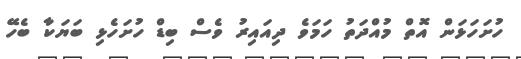
ހުށަހަޅަން އޮތް މުއްދަތު ހަމަވެ ދިއައިރު ވެސް ބިޑް ހުށަހެޅި ބަޔަކާ ބެހޭ